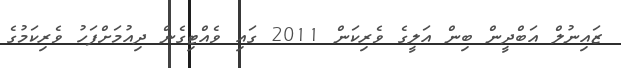
ޒައިނުލް އަބްދީން ބިން އަލީގެ ވެރިކަން 2011 ގައި ވެއްޓިގެން ދިއުމަށްފަހު ވެރިކަމުގެ